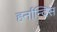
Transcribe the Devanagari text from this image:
हर्नान्दिस